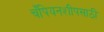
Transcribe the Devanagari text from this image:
चँपियनशीपसाठी